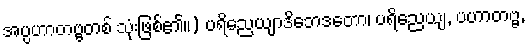
အပ္ပဟာတဗ္ဗတစ် သုံးဖြစ်၏။) ပရိညေယျာဒိဘေဒတော၊ ပရိညေယျ, ပဟာတဗ္ဗ,